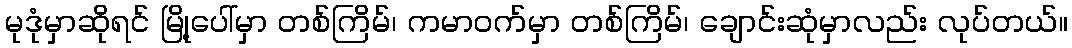
မုဒုံမှာဆိုရင် မြို့ပေါ်မှာ တစ်ကြိမ်၊ ကမာဝက်မှာ တစ်ကြိမ်၊ ချောင်းဆုံမှာလည်း လုပ်တယ်။